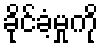
ခိုင်ခံ့မှုကို